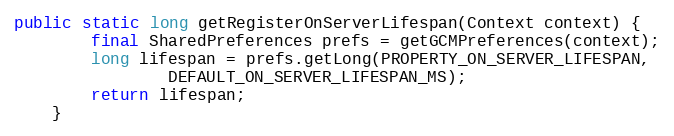
Language: Java
public static long getRegisterOnServerLifespan(Context context) {
        final SharedPreferences prefs = getGCMPreferences(context);
        long lifespan = prefs.getLong(PROPERTY_ON_SERVER_LIFESPAN,
                DEFAULT_ON_SERVER_LIFESPAN_MS);
        return lifespan;
    }